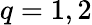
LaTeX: q=1,2